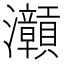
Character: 𱪝